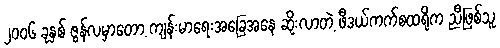
၂၀၀၆ ခုနှစ် ဇွန်လမှာတော့ ကျန်းမာရေးအခြေအနေ ဆိုးလာတဲ့ ဖီဒယ်ကက်စထရိုက ညီဖြစ်သူ